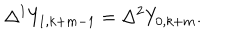
\Delta ^ { 1 } Y _ { 1 , k + m - 1 } = \Delta ^ { 2 } Y _ { 0 , k + m } .